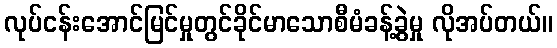
လုပ်ငန်းအောင်မြင်မှုတွင်ခိုင်မာသောစီမံခန့်ခွဲမှု လိုအပ်တယ်။